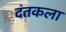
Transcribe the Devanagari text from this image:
दंतकला